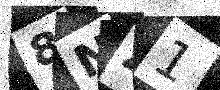
Text: 8NZ1